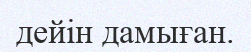
дейін дамыған.